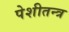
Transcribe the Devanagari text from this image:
पेशीतन्त्र